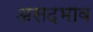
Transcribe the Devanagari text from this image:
असदभाव